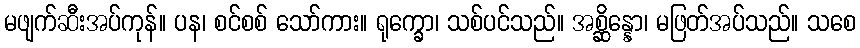
မဖျက်ဆီးအပ်ကုန်။ ပန၊ စင်စစ် သော်ကား။ ရုက္ခော၊ သစ်ပင်သည်။ အစ္ဆိန္နော၊ မဖြတ်အပ်သည်။ သစေ